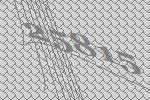
25815